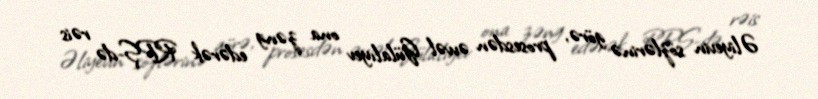
Əliyevin sözlərinə görə, prosesdən əvvəl Gülalıyev ona zəng edərək RPŞ-də rəis